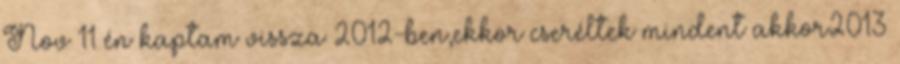
Nov 11 én kaptam vissza 2012-ben,ekkor cseréltek mindent akkor2013